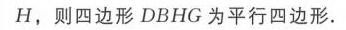
$H$，则四边形$DBHG$为平行四边形.